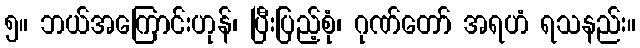
၅။ ဘယ်အကြောင်းဟုန်၊ ပြီးပြည့်စုံ၊ ဂုဏ်တော် အရဟံ ရသနည်း။